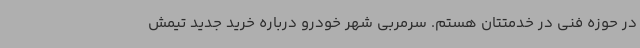
در حوزه فنی در خدمتتان هستم. سرمربی شهر خودرو درباره خرید جدید تیمش